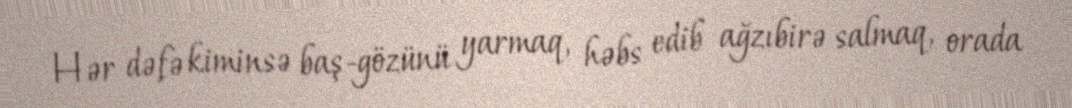
Hər dəfə kiminsə baş-gözünü yarmaq, həbs edib ağzıbirə salmaq, orada